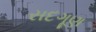
સદગૂણ